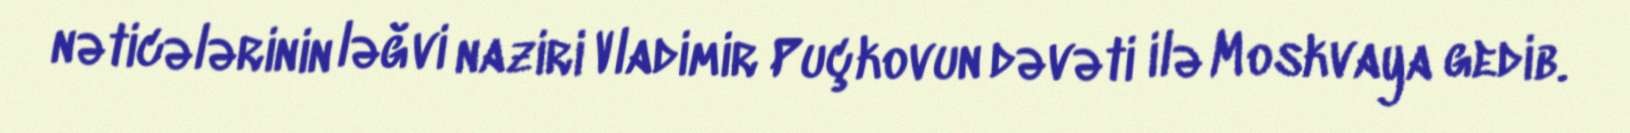
nəticələrinin ləğvi naziri Vladimir Puçkovun dəvəti ilə Moskvaya gedib.